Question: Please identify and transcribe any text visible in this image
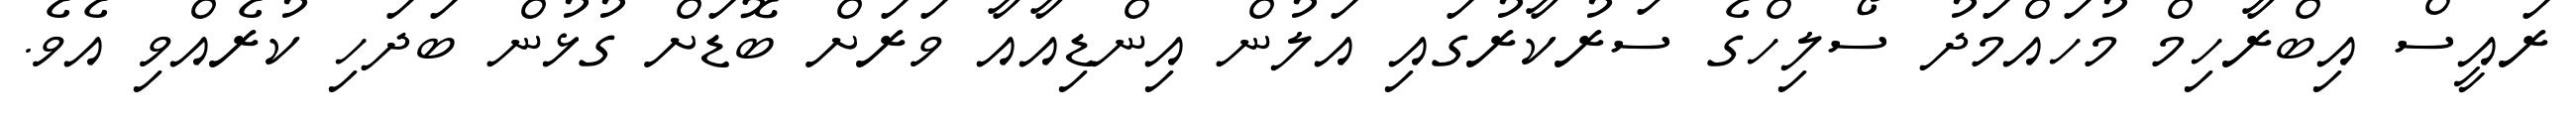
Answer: ރައީސް އިބްރާހިމް މުހައްމަދު ސޯލިހްގެ ސަރުކާރުގައި އަލުން އިންޑިއާއާ ވަރަށް ބޮޑަށް ގުޅުން ބަދަހި ކުރެއްވި އެވެ.